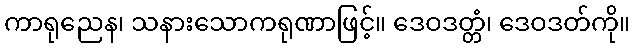
ကာရုညေန၊ သနားသောကရုဏာဖြင့်။ ဒေဝဒတ္တံ၊ ဒေဝဒတ်ကို။